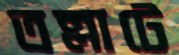
তল্লাটে